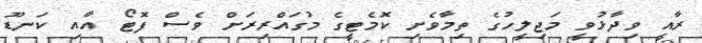
ރާއީ ވިދާޅުވީ މަޖިލީހުގެ ތިމާވެށި ކޮމެޓީގެ މުގައްރިރަށް ވެސް ފޮޓޯ އާއި ކަނޑޫ